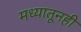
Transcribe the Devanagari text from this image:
मध्यातूनही